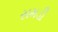
સમડી